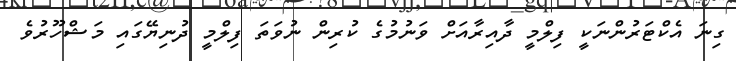
ގިނަ އެކްޓަރުންނަކީ ފިލްމީ ދާއިރާއަށް ވަނުމުގެ ކުރިން ނުވަތަ ފިލްމީ ދުނިޔޭގައި މަޝްހޫރުވެ